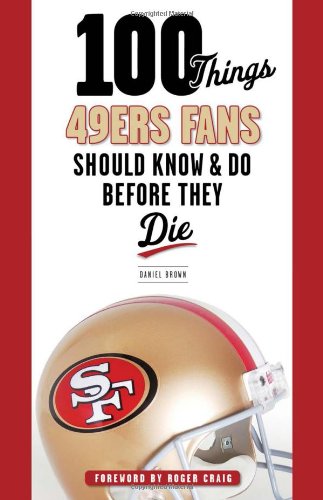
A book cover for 100 Things 49ers Fans Should Know & Do Before They Die (100 Things...Fans Should Know); Daniel Brown; Sports & Outdoors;